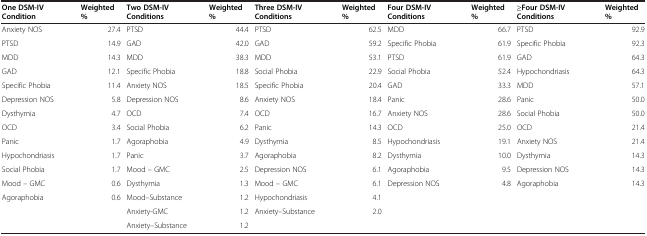
| One DSM-IV Condition | Weighted % | Two DSM-IV Conditions | Weighted % | Three DSM-IV Conditions | Weighted % | Four DSM-IV Conditions | Weighted % | ≥Four DSM-IV Conditions | Weighted % |
 | --- | --- | --- | --- | --- | --- | --- | --- | --- | --- |
 | Anxiety NOS | 27.4 | PTSD | 44.4 | PTSD | 62.5 | MDD | 66.7 | PTSD | 92.9 |
 | PTSD | 14.9 | GAD | 42.0 | GAD | 59.2 | Specific Phobia | 61.9 | Specific Phobia | 92.3 |
 | MDD | 14.3 | MDD | 38.3 | MDD | 53.1 | PTSD | 61.9 | GAD | 64.3 |
 | GAD | 12.1 | Specific Phobia | 18.8 | Social Phobia | 22.9 | Social Phobia | 52.4 | Hypochondriasis | 64.3 |
 | Specific Phobia | 11.4 | Anxiety NOS | 18.5 | Specific Phobia | 20.4 | GAD | 33.3 | MDD | 57.1 |
 | Depression NOS | 5.8 | Depression NOS | 8.6 | Anxiety NOS | 18.4 | Panic | 28.6 | Panic | 50.0 |
 | Dysthymia | 4.7 | OCD | 7.4 | OCD | 16.7 | Anxiety NOS | 28.6 | Social Phobia | 50.0 |
 | OCD | 3.4 | Social Phobia | 6.2 | Panic | 14.3 | OCD | 25.0 | OCD | 21.4 |
 | Panic | 1.7 | Agoraphobia | 4.9 | Dysthymia | 8.5 | Hypochondriasis | 19.1 | Anxiety NOS | 21.4 |
 | Hypochondriasis | 1.7 | Panic | 3.7 | Agoraphobia | 8.2 | Dysthymia | 10.0 | Dysthymia | 14.3 |
 | Social Phobia | 1.7 | Mood – GMC | 2.5 | Depression NOS | 6.1 | Agoraphobia | 9.5 | Depression NOS | 14.3 |
 | Mood – GMC | 0.6 | Dysthymia | 1.3 | Mood – GMC | 6.1 | Depression NOS | 4.8 | Agoraphobia | 14.3 |
 | Agoraphobia | 0.6 | Mood–Substance | 1.2 | Hypochondriasis | 4.1 |  |  |  |  |
 |  |  | Anxiety-GMC | 1.2 | Anxiety–Substance | 2.0 |  |  |  |  |
 |  |  | Anxiety–Substance | 1.2 |  |  |  |  |  |  |